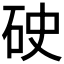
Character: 𥑏